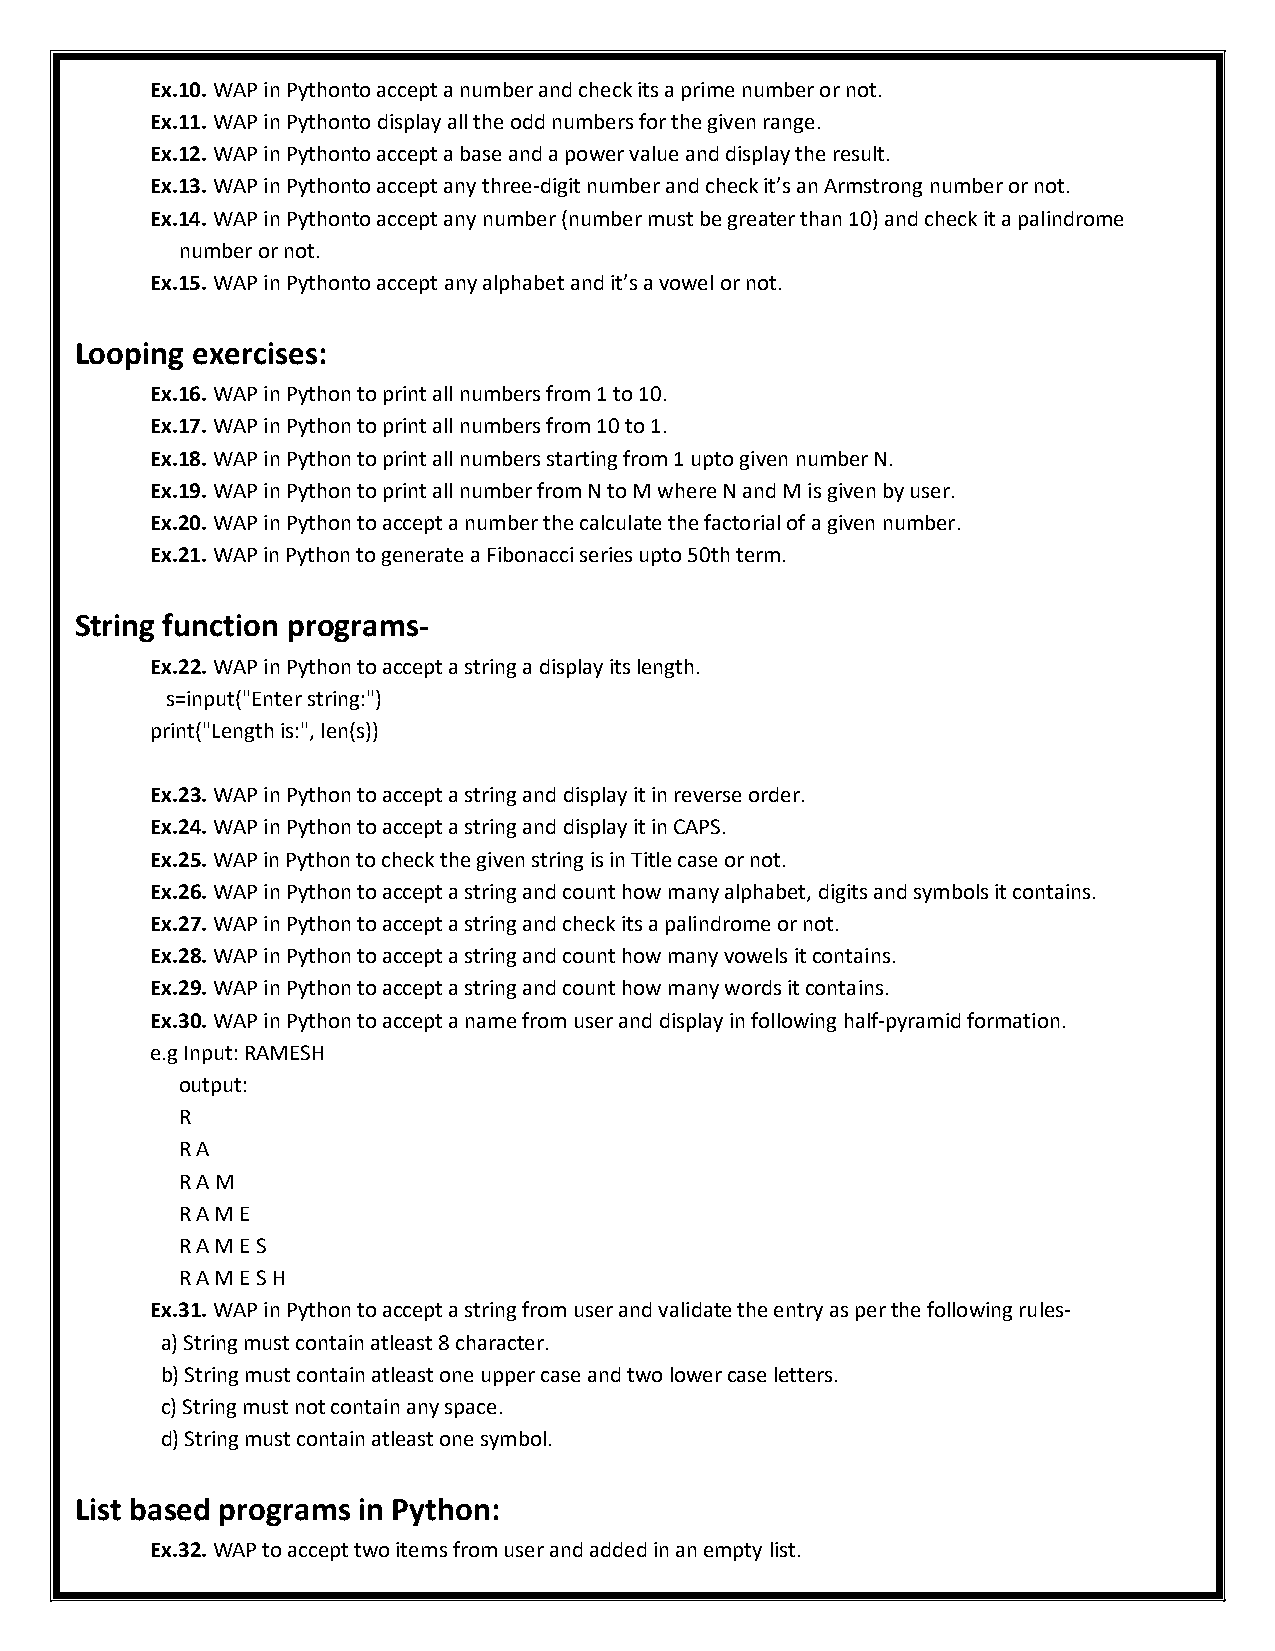
Ex.10. WAP in Pythonto accept a number and check its a prime number or not.
 Ex.11. WAP in Pythonto display all the odd numbers for the given range.
 Ex.12. WAP in Pythonto accept a base and a power value and display the result.
 Ex.13. WAP in Pythonto accept any three-digit number and check it’s an Armstrong number or not.
 Ex.14. WAP in Pythonto accept any number (number must be greater than 10) and check it a palindrome
 number or not.
 Ex.15. WAP in Pythonto accept any alphabet and it’s a vowel or not.
 Looping exercises:
 Ex.16. WAP in Python to print all numbers from 1 to 10.
 Ex.17. WAP in Python to print all numbers from 10 to 1.
 Ex.18. WAP in Python to print all numbers starting from 1 upto given number N.
 Ex.19. WAP in Python to print all number from N to M where N and M is given by user.
 Ex.20. WAP in Python to accept a number the calculate the factorial of a given number.
 Ex.21. WAP in Python to generate a Fibonacci series upto 50th term.
 String function programs-
 Ex.22. WAP in Python to accept a string a display its length.
 s=input("Enter string:")
 print("Length is:", len(s))
 Ex.23. WAP in Python to accept a string and display it in reverse order.
 Ex.24. WAP in Python to accept a string and display it in CAPS.
 Ex.25. WAP in Python to check the given string is in Title case or not.
 Ex.26. WAP in Python to accept a string and count how many alphabet, digits and symbols it contains.
 Ex.27. WAP in Python to accept a string and check its a palindrome or not.
 Ex.28. WAP in Python to accept a string and count how many vowels it contains.
 Ex.29. WAP in Python to accept a string and count how many words it contains.
 Ex.30. WAP in Python to accept a name from user and display in following half-pyramid formation.
 e.g Input: RAMESH
 output:
 R
 R A
 R A M
 R A M E
 R A M E S
 R A M E S H
 Ex.31. WAP in Python to accept a string from user and validate the entry as per the following rules-
 a) String must contain atleast 8 character.
 b) String must contain atleast one upper case and two lower case letters.
 c) String must not contain any space.
 d) String must contain atleast one symbol.
 List based programs in Python:
 Ex.32. WAP to accept two items from user and added in an empty list.